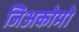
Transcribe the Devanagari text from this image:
जिअकोमो